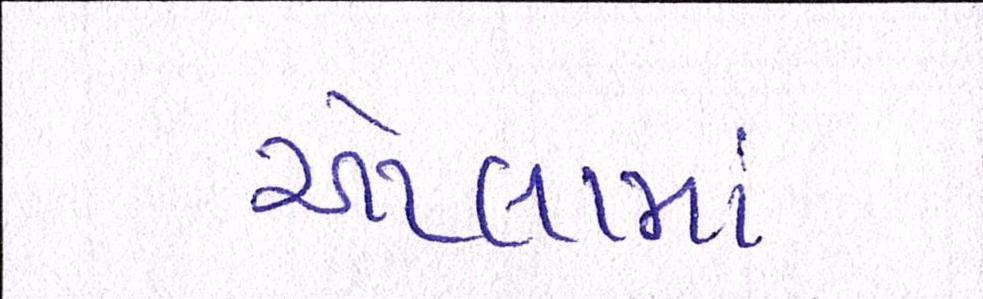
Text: એટલામાં